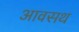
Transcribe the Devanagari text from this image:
आवसथ